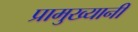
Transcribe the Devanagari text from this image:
प्रामुख्यानी